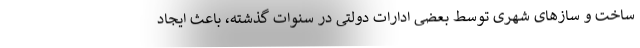
ساخت و سازهای شهری توسط بعضی ادارات دولتی در سنوات گذشته، باعث ایجاد